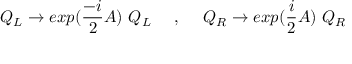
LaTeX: Q _ { L } \rightarrow e x p ( { \frac { - i } { 2 } } A ) ~ Q _ { L } ~ ~ ~ ~ , ~ ~ ~ ~ Q _ { R } \rightarrow e x p ( { \frac { i } { 2 } } A ) ~ Q _ { R } ~ ~ ~ ~